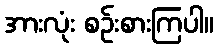
အားလုံး စဉ်းစားကြပါ။